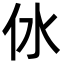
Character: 㲻